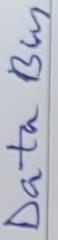
Text: Data Bus